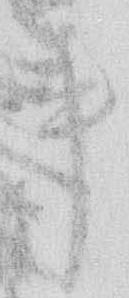
事